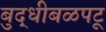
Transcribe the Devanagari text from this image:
बुद्धीबळपटू